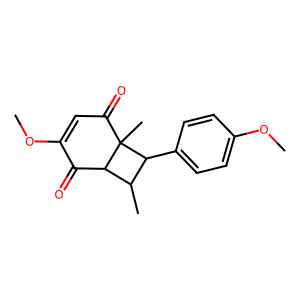
SMILES: COC1=CC(=O)C2(C)C(C1=O)C(C)C2c1ccc(OC)cc1
Inhibits HIV replication: No